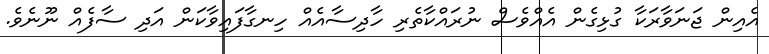
އެއިން ޖަނަވާރަކާ ގުޅިގެން އެއްވެސް ނުރައްކާތެރި ހާދިސާއެއް ހިނގާފައިވާކަން އަދި ސާފެއް ނޫނެވެ.